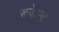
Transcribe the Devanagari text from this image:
रूपेऽन्तः